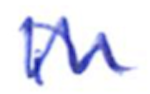
Text: in
Cross-out: zig-zag
Writing tool: ballpoint